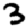
Digit: 3